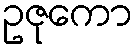
ဥဇုကော